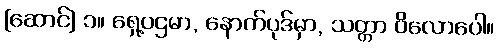
[ဆောင်] ၁။ ရှေ့ပဌမာ, နောက်ပုဒ်မှာ, သတ္တာ ဝိလောပေါ။